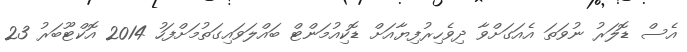
އެސް ޑޮލަރު ނުވަތަ އެއަގަށްވާ ދިވެހިރުފިޔާއަށް ޑޮކިއުމަންޓް ބައްލަވައިގަތުމަށްފަހު 2014 އޮކްޓޫބަރު 23